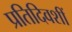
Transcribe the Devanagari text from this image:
प्रतिदिवशीं